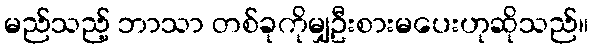
မည်သည့် ဘာသာ တစ်ခုကိုမျှဦးစားမပေးဟုဆိုသည်။